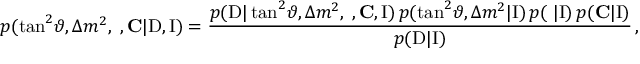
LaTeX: p ( \tan ^ { 2 } \! \vartheta , \Delta { m } ^ { 2 } , \mathbf { \Phi } , \mathbf { C } | \mathrm { D } , \mathrm { I } ) = \frac { p ( \mathrm { D } | \tan ^ { 2 } \! \vartheta , \Delta { m } ^ { 2 } , \mathbf { \Phi } , \mathbf { C } , \mathrm { I } ) \, p ( \tan ^ { 2 } \! \vartheta , \Delta { m } ^ { 2 } | \mathrm { I } ) \, p ( \mathbf { \Phi } | \mathrm { I } ) \, p ( \mathbf { C } | \mathrm { I } ) } { p ( \mathrm { D } | \mathrm { I } ) } \, ,